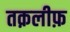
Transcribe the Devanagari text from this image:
तक़लीफ़